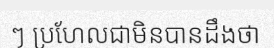
ៗ ប្រហែលជាមិនបានដឹងថា